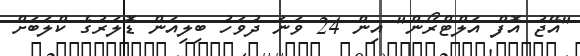
"އޭޖު އޮފް އަލްޓްރޯން" އިން 24 ވަނަ ދުވަހު ބިލިއަން ޑޮލަރުގެ ކްލަބަށް